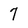
Character: 7